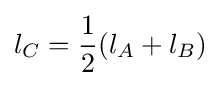
l_{C}={\frac {1}{2}}(l_{A}+l_{B})